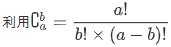
利用$C_{a}^{b}=\frac{a!}{b!\times (a - b)!}$